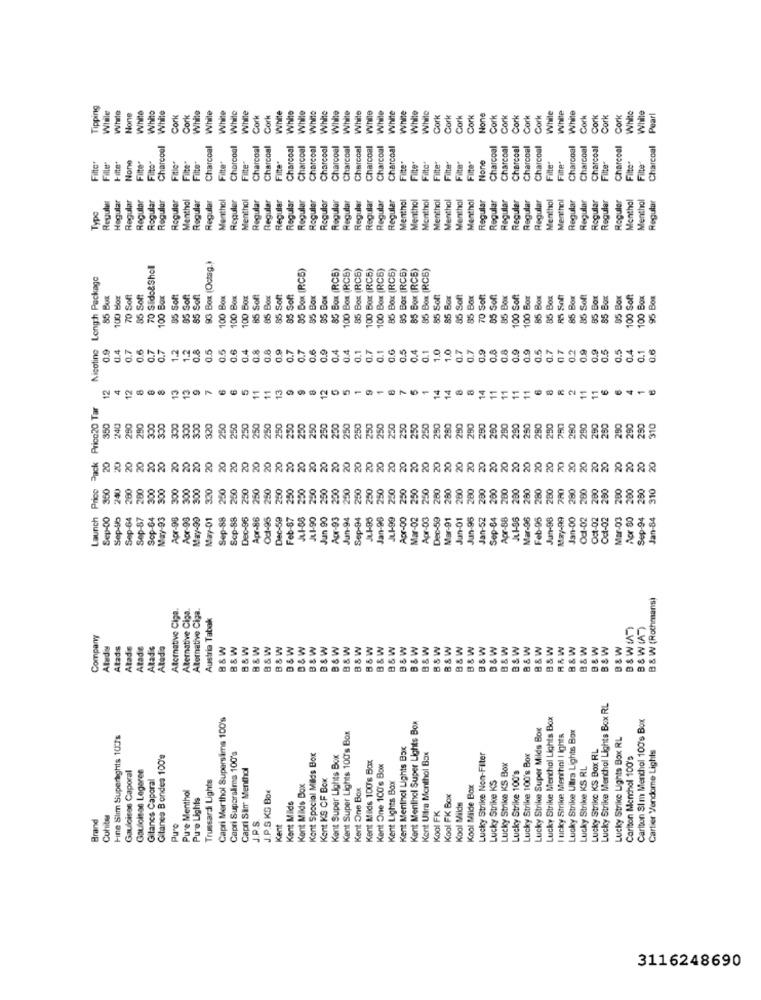
Tipping
While
While
White
Charcoal White
While
White
While
White
While
While
White
Vhito
Cork
Cork
White
While
White
While
While
Cork
Cork
White
White
While
White
White
Cork
Cork
Cork
Cork
Cork
Cork
Cork
Cork
Cork
While
White
White
Cork
Cork
Cork
Cork
White
White
Pearl
Charcoal
Charcoal
Charcoal
Charcoal
Charcoal
Charcoal
Charcoal
Charcoal
Charcoal
Charcoal
Charcoal
Charcoal
Charcoal
Charcoal
Charcoal
Charcoal
Charcoal
Charcoal
Charcoal
Charcoal
Charcoal
Charcoal
Charcoal
Charcoal
Fille
Filto"
Fitle-
Fitte"
Filter
Fitto"
Filto*
Filte"
Filte"
Filter
Filte
Filte"
Filte"
File"
Fitte"
Filte"
Filte"
Filte"
Filter
Hegular
Regular
Regular
Rogular
Regular
Reguler
Menthal
Regular
Regular
Menthol
Roguler
Menthol
Regular
Regular
Regular
Regular
Regular
Regular
Regular
Regular
Regular
Regular
Regular
Regular
Menthol
Menthol
Menthol
Menthol
Menthol
Menthal
Menthol
Regular
Regular
Regular
Regular
Regular
Regular
Menthol
Menthani
Regular
Regular
Regular
Regular
Menthol
Menthol
Regular
Regular
Regular
Regular
Type
93 Box (Octag.)
70 Sido&Shell
85 Box (RC5)
85 Box (RC5)
100 Box (RCS)
85 Box (RC6)
100 Box (RC5)
100 Box (RCS)
85 Box (RC6)
85 Box (RCB)
85 Box (RC5)
85 Box (RCS)
Nicotine Longh Package
100 Box
85 Bux
100 Box
70 Soft
85 Soft
85 Soft
85 Soft
85 Soft
100 Box
100 Box
100 Box
85 Sof
85 Box
85 Soft
85 Soft
85 Box
$5 Box
85 Soft
85 Box
85 Soft
85 Box
70 Soft
85 Soft
85 Box
100 Soft
100 Box
85 Box
85 Box
Soft
85 Box
$5 Box
85 Box
100 Soft
100 Box
95 Box
85 B
0.9
0.4
0.7
0.5
0.7
0.7
1.2
1.2
0.8
0.5
0.5
0.6
0.4
0.8
0.8
0.9
0.7
0.7
0.6
0.9
0.4
0.4
0.1
0.7
0.1
0.6
0.5
0.4
0.1
1.0
1.0
0.7
0.7
0.9
0.8
0.8
0.9
0.9
0.5
0.7
07
0.2
0.9
0.9
0.5
0.5
0.4
0.6
0.1
13
13
11
8
14
6
12
4
12
6
6
5
11
13
9
12
14
11
11
11
11
8
11
350
250
350
240
290
290
350
350
300
320
250
250
250
250
250
250
250
250
250
250
250
250
250
250
250
250
250
250
250
280
290
290
280
260
230
250
280
290
290
250
260
290
200
260
450
290
10
CCC
20
20
20
20
20
20
20
20
Price
280
200
300
300
300
300
300
320
250
250
250
250
250
250
250
200
250
250
200
250
250
250
250
250
250
250
250
260
280
200
280
290
200
280
280
280
280
280
780
280
280
280
200
200
Launch
Sep-00
Sep-64
Sep-87
Sop-64
May-93
Apr-96
Apr-98
May-90
May-01
Sep-88
Scp-88
Dec-96
Apr-86
Od1-95
Dec-59
Feb-87
JL.1-90
Jun 90
Apr-93
Jun-94
Sep-94
JL.1-95
Jan-98
JL.1-99
Apr-00
Mar-02
Apr-03
Dec-59
Mar-91
Jun-01
Jun-96
Jan-52
Sep-84
Apr-88
JL.1-96
Mar-96
Feb-95
Jun-98
May-99
Jan-00
Oct-02
Oct-02
Oct-02
Mar-03
Aor 80
Sep-94
Jan-84
Sep-
B & W (Rothmans)
Alternative Ciga.
Alternative Ciga.
Alternative Ciga.
Austria Tabak
B&W(A)
Company
Atads
Aladis
Atade
B&W
B&W
W
B&W
W
W
BSW
B&W
& W
B&W
B&W
B&W
B&W
B&W
B&W
B&W
B&W
B&W
B&W
B&W
B&W
B&W
B&W
B&W
ARtad
B& W
B&W
B
Lucky Strike Menthol Lights Box RL
Capri Merthol Superslima 100's
Lucky Strike Menthol Lights Box
Carlton Sim Menthol 100's Box
Kent Super Lights 100's Box
Kent Menthol Super Lights Box
Lucky Strike Super Milds Box
Fine Slim Supertights 107s
I unky Strike Menthol | Ights
Lucky Strike Ultra Lights Box
Lucky Strike Lights Box RL
Kent Menthol Lights Box
Lucky Strike KS Box RL
Gitanes Bondes 100's
Capri Suparalima 100's
Kont Special Milds Box
Kent Super Lights Box
Kent Uitra Menthol Box
Lucky Strike Non-Filter
Lucky Strike 100's Box
Carlton Menchel 100's
Cartier Vendome Lights
Capri Sim Menthol
Kent Milds 100's Box
Kent One 100's Box
Lucky Strike KS Box
Lucky Strike 100's
Lucky Strike KS RL
Gauloises Caporal
Gauloisse Legeree
Gitanos Caporal
Trussardi Lights
Kent KS OF Box
Kent Lights Box
Lucky Strike KS
Pure Menthol
Kent Milds Box
Kent One Box
Kool Milde Box
Pure Lights
J.P.S KS Box
Kool FK Box
Kent Milds
Kool Milds
Brand
Cuhite
Kool FK
Pure
J.P.S.
Kent
3116248690